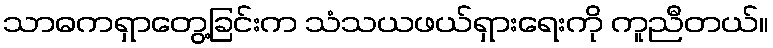
သာဓကရှာတွေ့ခြင်းက သံသယဖယ်ရှားရေးကို ကူညီတယ်။